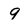
Character: 9